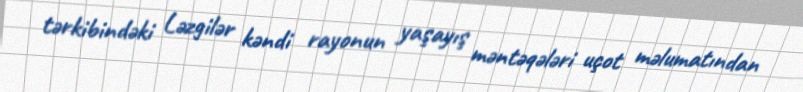
tərkibindəki Ləzgilər kəndi rayonun yaşayış məntəqələri uçot məlumatından